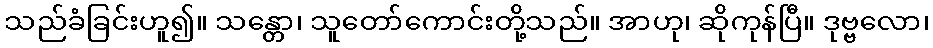
သည်ခံခြင်းဟူ၍။ သန္တော၊ သူတော်ကောင်းတို့သည်။ အာဟု၊ ဆိုကုန်ပြီ။ ဒုဗ္ဗလော၊